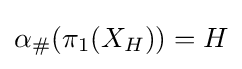
\alpha _{\#}(\pi _{1}(X_{H}))=H